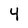
Character: 4